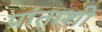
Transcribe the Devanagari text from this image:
प्रांताशी